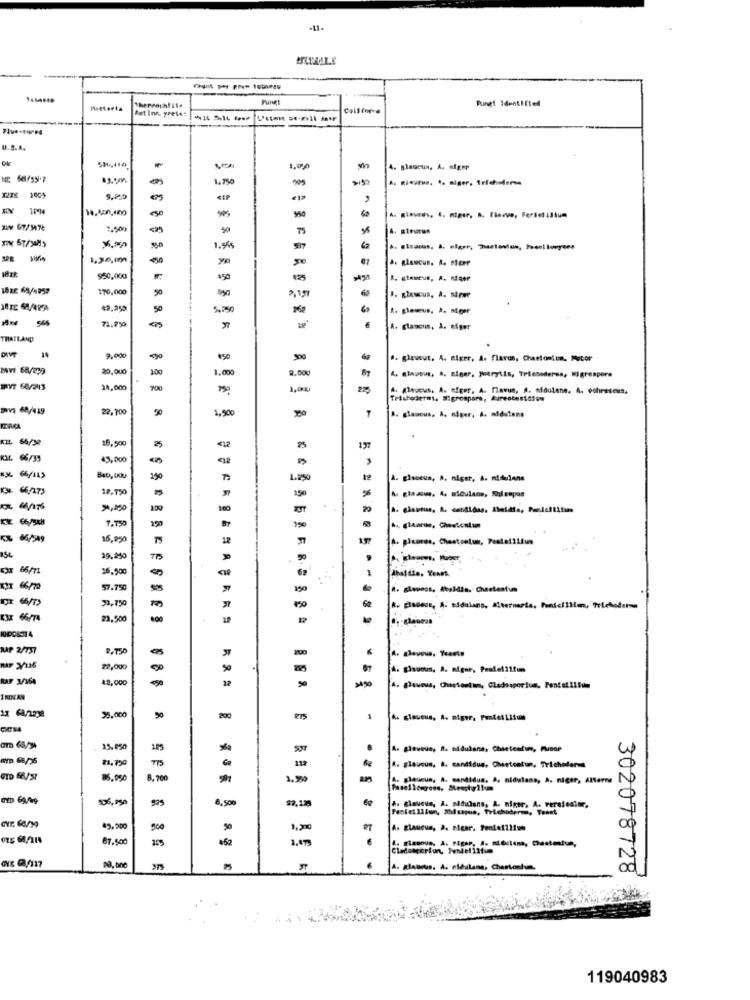
-11+
Tungt
Funet Identified
Theprophlite
Bet Inn. yreses
U.S.A.
1,00
4. Blaucun, A. alger
1.750
909
1001
18.400,100
950
1.900
50
75
1.99
1,3:0,000
.. Rlascus. A. sicer
950,000
150
425
170,000
50
2,15
42.250
50
5.290
565
71.7%
A. glascms, à. afger
THAILAND
9.000
". gleuur. A. niger, A. flavus, Cartoniun. Mocor
20,000
100
1.000
2.000
4. les, A, siger, Jetrytis, Triesoderein, Migreapers
24,000
700
A. glaucus. A. afger. A. flavum, A. sidulene. A. ochratous,
Trichoderms, Migrospara, Aureotest6fem
vs 68/419
22,700
1.500
2. glaucus, A. elser. A. midatane
KIL 66/32
18,500
25
25
KIL 66/35
43,000
B40, 000
190
1.250
A. gloneus, A. niger, A. midelane
66/47)
18.750
A cheau. 4. nidulans, Rood cepos
120
100
Z 66/5AH
150
B7
7.TSO
150
16,950
29,250
16.900
57.750
-
150
A. glenns. Abaldis. Cheetestun
2,750
ESX 66/74
23.500
MAP 2/737
22,000
A. gisuous, A. niger, Pestel11fm
RAF 3/364
42,000
A. glaueua, Chastentim, Cladosporium, Fental 11Som
INDVAN
35.000
200
1%650
105
A. gleveue, A. bidulane, Chsetestum, Poor
4. glaucus, a. candidus, Chetostun, Tricheterst
85.990
8.700
4. glaucus, A. candidus. A. nidulans, A. niger, Alarme
8.500
A. clausus, A. nidulans, A. niger. A. verstesior,
49.200
500
4. Elaneus, A. niger, Pendefilive
67.500
A. Rlanous. A. eldalane, Chartonium.
302078728
119040983